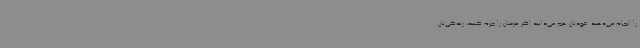
را انجام می‌دهید. خودتان هم می‌دانید اگر عزمتان را جزم کنید، زندگی‌تان